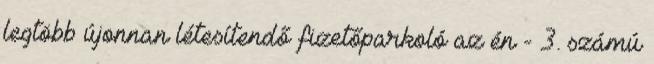
legtöbb újonnan létesítendő fizetőparkoló az én - 3. számú